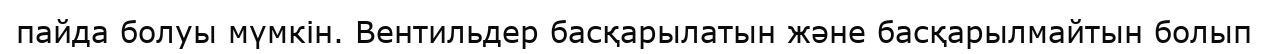
пайда болуы мүмкін. Вентильдер басқарылатын және басқарылмайтын болып